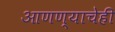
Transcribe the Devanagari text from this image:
आणण्याचेही